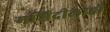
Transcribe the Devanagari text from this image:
मशिदीलाही